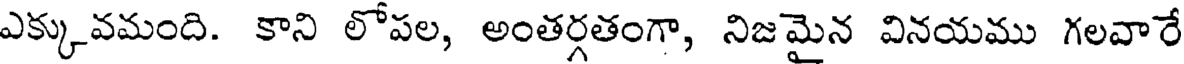
ఎక్కువమంది. కాని లోపల, అంతర్గతంగా, నిజమైన వినయము గలవారే